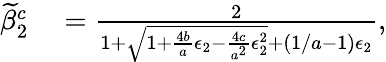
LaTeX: \begin{array}{rl}{\widetilde{\beta}_{2}^{c}}&{{}=\frac{2}{1+\sqrt{1+\frac{4b}{a}\epsilon_{2}-\frac{4c}{a^{2}}\epsilon_{2}^{2}}+(1/a-1)\epsilon_{2}},}\end{array}